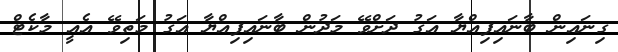
ގިނައިން ބާނައިފިއްޔާ އަގު ދަށްވޭ މަދުން ބާނައިފިއްޔާ އަގު މަތިވޭ އެއީ މާކެޓް